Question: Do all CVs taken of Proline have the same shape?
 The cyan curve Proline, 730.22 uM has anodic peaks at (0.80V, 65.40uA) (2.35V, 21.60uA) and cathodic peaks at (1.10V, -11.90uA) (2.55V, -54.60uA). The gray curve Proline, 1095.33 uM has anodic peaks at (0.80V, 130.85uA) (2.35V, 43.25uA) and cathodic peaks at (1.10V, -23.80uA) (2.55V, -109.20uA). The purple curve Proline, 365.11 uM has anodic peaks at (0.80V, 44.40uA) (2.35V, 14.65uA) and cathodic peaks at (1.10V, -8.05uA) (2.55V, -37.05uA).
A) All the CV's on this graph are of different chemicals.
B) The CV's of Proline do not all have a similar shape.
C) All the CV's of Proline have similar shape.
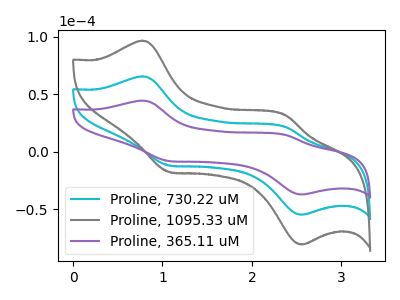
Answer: <think>All the peaks in "Proline, 730.22 uM" have a peak in "Proline, 1095.33 uM" at the same potential. Every peak in "Proline, 730.22 uM" is lower than every peak in "Proline, 1095.33 uM". All the peaks in "Proline, 730.22 uM" have a peak in "Proline, 365.11 uM" at the same potential. Every peak in "Proline, 730.22 uM" is higher than every peak in "Proline, 365.11 uM". All the peaks in "Proline, 1095.33 uM" have a peak in "Proline, 365.11 uM" at the same potential. Every peak in "Proline, 1095.33 uM" is higher than every peak in "Proline, 365.11 uM".
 </think>
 <answer>C) All the CV's of "Proline" have similar shape.</answer>
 <eval>C</eval>